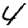
Digit: 4